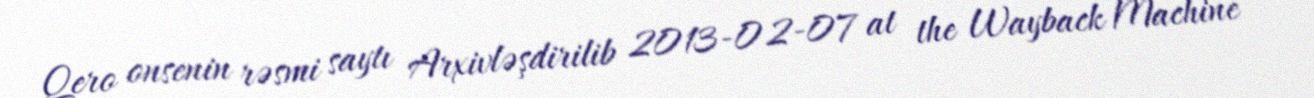
Qero onsenin rəsmi saytı Arxivləşdirilib 2013-02-07 at the Wayback Machine